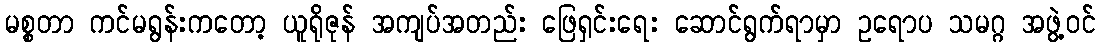
မစ္စတာ ကင်မရွန်းကတော့ ယူရိုဇုန် အကျပ်အတည်း ဖြေရှင်းရေး ဆောင်ရွက်ရာမှာ ဥရောပ သမဂ္ဂ အဖွဲ့ဝင်